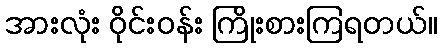
အားလုံး ဝိုင်းဝန်း ကြိုးစားကြရတယ်။